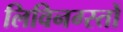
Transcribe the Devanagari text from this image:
लिविनग्स्तों